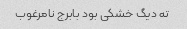
ته دیگ خشکی بود بابرج نامرغوب